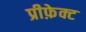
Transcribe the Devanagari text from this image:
प्रीफ़ेक्ट